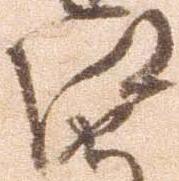
江